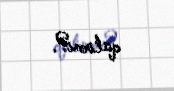
qalırmı?.